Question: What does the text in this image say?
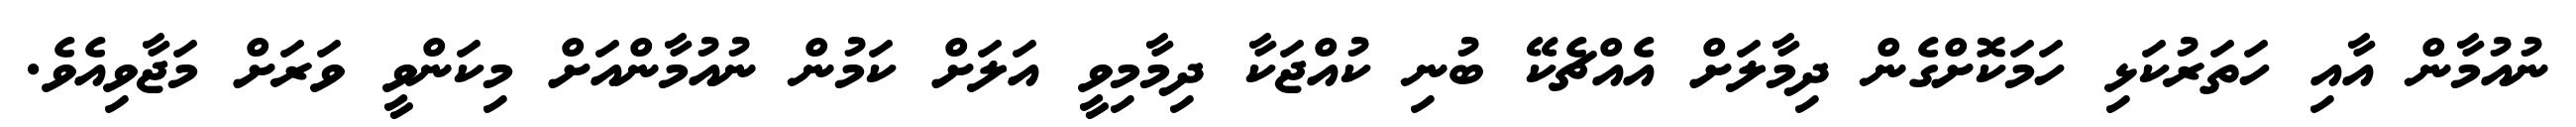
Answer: ނުއުމާން އާއި ހަތަރުކަޅި ހަމަކޮށްގެން ދިމާލަށް އެއްޗެކޭ ބުނި ކުއްޖަކާ ދިމާމިވީ އަލަށް ކަމުން ނުއުމާންއަށް މިކަންވީ ވަރަށް މަޖާވިއެވެ.